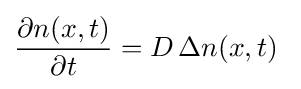
{\frac {\partial n(x,t)}{\partial t}}=D\,\Delta n(x,t)\